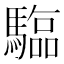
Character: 𮪗